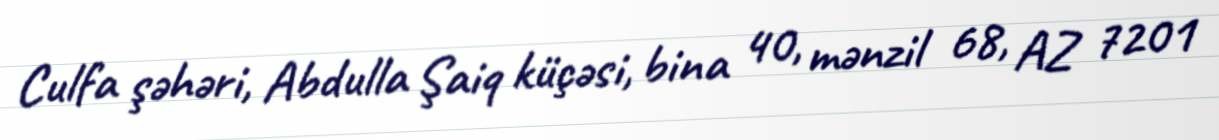
Culfa şəhəri, Abdulla Şaiq küçəsi, bina 40, mənzil 68, AZ 7201